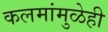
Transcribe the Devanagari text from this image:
कलमांमुळेही